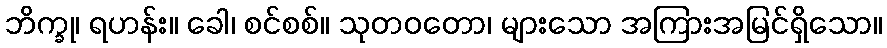
ဘိက္ခု၊ ရဟန်း။ ခေါ၊ စင်စစ်။ သုတဝတော၊ များသော အကြားအမြင်ရှိသော။